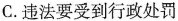
C.违法要受到行政处罚